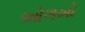
ઓળખો